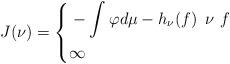
LaTeX: \begin{align*}\gathered J(\nu)=\left\{\aligned &-\int\varphi d\mu -h_\nu(f)\ \, \nu \, \, f\\&\infty\ \endaligned\right. \endgathered\end{align*}